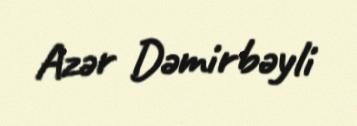
Azər Dəmirbəyli